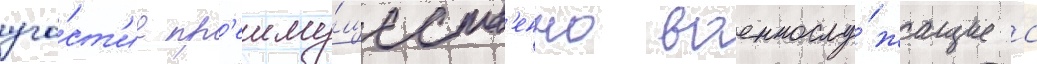
уча́ст'ие пр'еиму́ществ'енно военнослу́жащие с